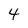
Character: 4